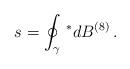
LaTeX: \begin{align*}s=\oint_\gamma \,^*dB^{(8)}\, .\end{align*}